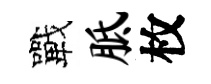
戰胝枚